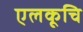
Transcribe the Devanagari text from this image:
एलकूचि